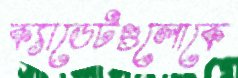
ক্যাডেটগুলোকে